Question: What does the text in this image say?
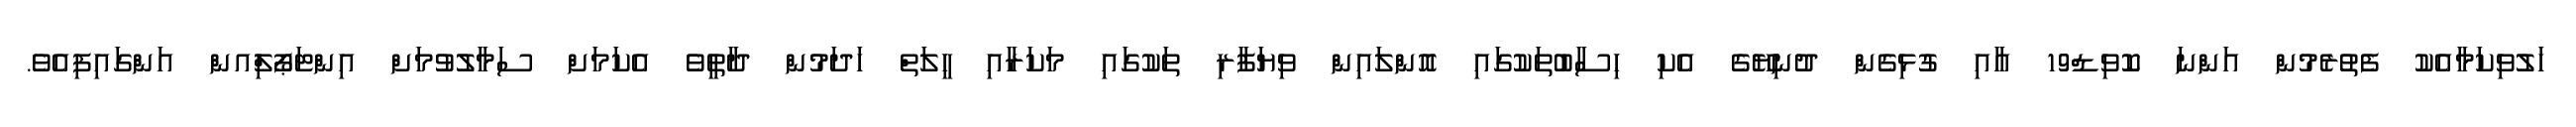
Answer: ހަލުވިކަމާއެކު ފެތުރެމުން އަންނަ ކޮވިޑް19 އާއި ގުޅިގެން ދުނިޔޭގެ އެކި ހިސާބުތަކުގައި އޮންލައިން ވިޔަފާރި ތަކުގައި މަކަރާއި ހީލަތް ހަދަމުން ދާތީވެ އެކަމަށް ސަމާލުވުމަށް އިންޓަޕޯލްިއން އަންގައިފިއެވެ.